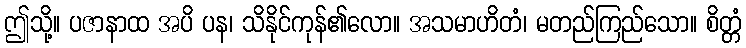
ဤသို့။ ပဇာနာထ အပိ ပန၊ သိနိုင်ကုန်၏လော။ အသမာဟိတံ၊ မတည်ကြည်သော။ စိတ္တံ